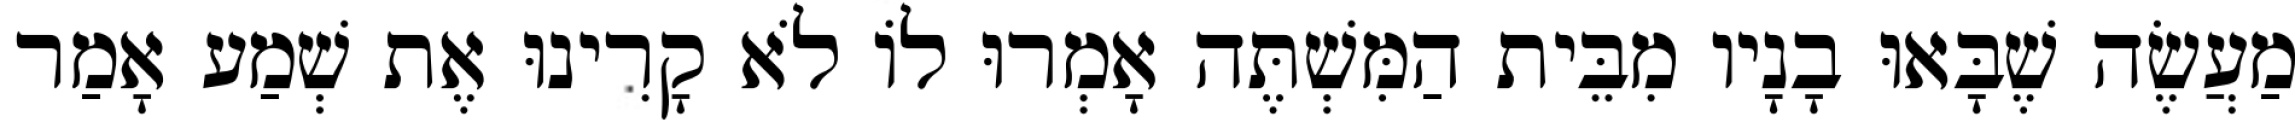
מַעֲשֶׂה שֶׁבָּאוּ בָנָיו מִבֵּית הַמִּשְׁתֶּה אָמְרוּ לוֹ לֹא קָרִינוּ אֶת שְׁמַע אָמַר